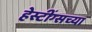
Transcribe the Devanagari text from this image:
हेस्टींग्सच्या